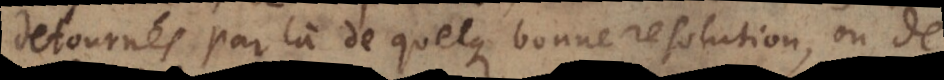
detournés par là de quelque bonne resolution, ou de